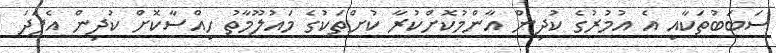
ސަބަބުތަކާއި އެ އުމުރުގެ ކުދިން އާންމުކޮށްކުރާ ކުށްތަކުގެ މައުލޫމާތު ހިއްސާކޮށް ކުދިން އެފަދަ